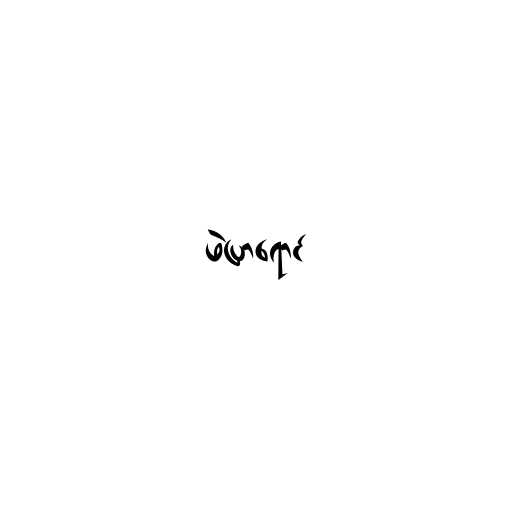
ဖဲပြာရောင်